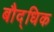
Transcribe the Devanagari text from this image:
बौद्धिक